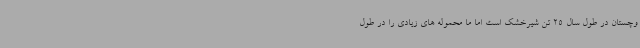
وچستان در طول سال 25 تن شیرخشک است اما ما محموله های زیادی را در طول